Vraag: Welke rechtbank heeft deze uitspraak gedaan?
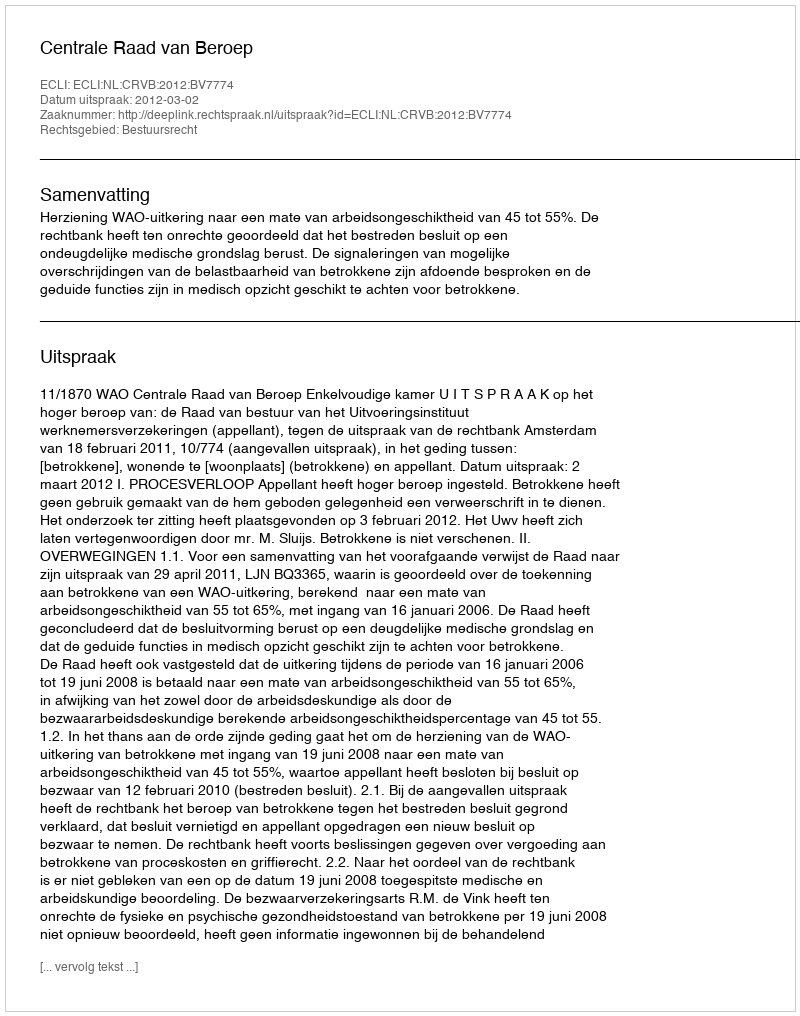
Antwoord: Centrale Raad van Beroep